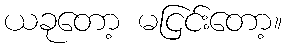
ယခုတော့ မငြင်းတော့။